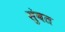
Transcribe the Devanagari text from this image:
सुंबत